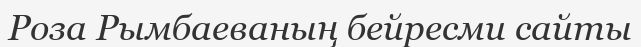
Роза Рымбаеваның бейресми сайты